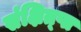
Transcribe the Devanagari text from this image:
संक्षित्प्त